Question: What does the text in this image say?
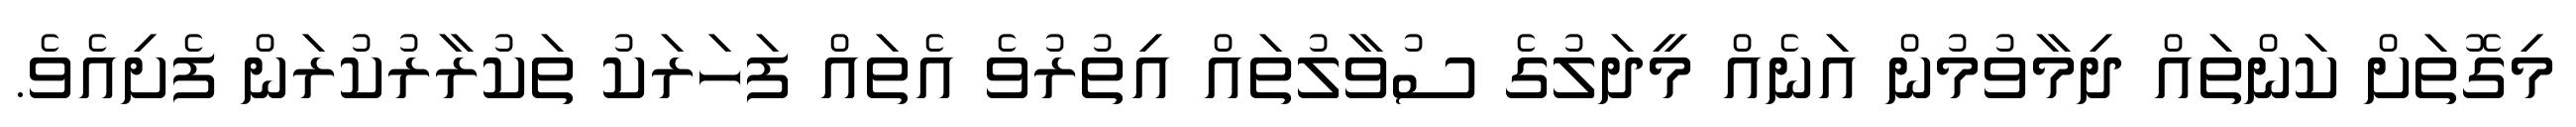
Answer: މިގޮތަށް ކަންތައް ދިމާވުމުން އަނެއް މީދަލުގެ ސުވާލުތައް އިތުރުވެ އެތައް ފަހަރަކު ތަކުރާރުކުރަން ފެށިއެވެ.